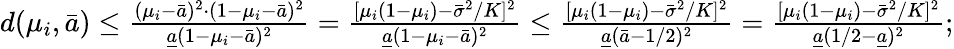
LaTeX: \begin{array}{r}{d(\mu_{i},\bar{a})\le\frac{(\mu_{i}-\bar{a})^{2}\cdot(1-\mu_{i}-\bar{a})^{2}}{\underline{{a}}(1-\mu_{i}-\bar{a})^{2}}=\frac{[\mu_{i}(1-\mu_{i})-\bar{\sigma}^{2}/K]^{2}}{\underline{{a}}(1-\mu_{i}-\bar{a})^{2}}\le\frac{[\mu_{i}(1-\mu_{i})-\bar{\sigma}^{2}/K]^{2}}{\underline{{a}}(\bar{a}-1/2)^{2}}=\frac{[\mu_{i}(1-\mu_{i})-\bar{\sigma}^{2}/K]^{2}}{\underline{{a}}(1/2-\underline{{a}})^{2}};}\end{array}